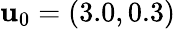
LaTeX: {\mathbf u}_{0}=(3.0,0.3)